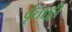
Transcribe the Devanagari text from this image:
र्वृताङ्गी